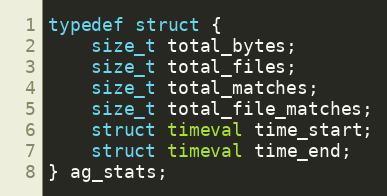
Language: C
typedef struct {
    size_t total_bytes;
    size_t total_files;
    size_t total_matches;
    size_t total_file_matches;
    struct timeval time_start;
    struct timeval time_end;
} ag_stats;